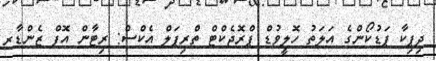
ދިޕިކާ ޕަޑުކޯންގެ އަލަތު ހޮލީވުޑް ޕްރޮޖެކްޓް ތްރިޕަލް އެކްސް: ރިޓާން އޮފް ޒެންޑާރ